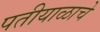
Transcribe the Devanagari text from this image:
पतीयाळाचे